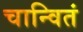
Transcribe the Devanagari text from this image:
चान्वितं